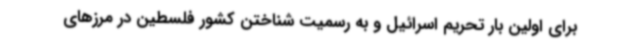
برای اولین بار تحریم اسرائیل و به رسمیت شناختن کشور فلسطین در مرزهای